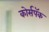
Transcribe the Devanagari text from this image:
कोर्सपॅक